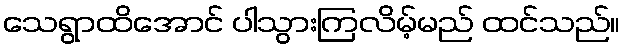
သေရွာထိအောင် ပါသွားကြလိမ့်မည် ထင်သည်။